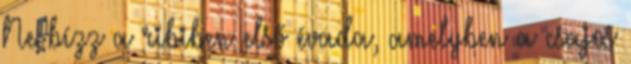
Ne bízz a ribiben első évada, amelyben a csajos